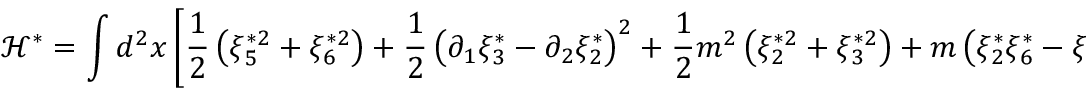
\mathcal { H } ^ { \ast } = \int d ^ { 2 } x \left[ \frac { 1 } { 2 } \left( \xi _ { 5 } ^ { \ast 2 } + \xi _ { 6 } ^ { \ast 2 } \right) + \frac { 1 } { 2 } \left( \partial _ { 1 } \xi _ { 3 } ^ { \ast } - \partial _ { 2 } \xi _ { 2 } ^ { \ast } \right) ^ { 2 } + \frac { 1 } { 2 } m ^ { 2 } \left( \xi _ { 2 } ^ { \ast 2 } + \xi _ { 3 } ^ { \ast 2 } \right) + m \left( \xi _ { 2 } ^ { \ast } \xi _ { 6 } ^ { \ast } - \xi _ { 3 } ^ { \ast } \xi _ { 5 } ^ { \ast } \right) \right] .